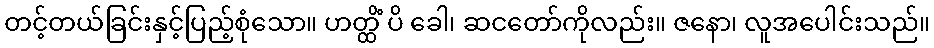
တင့်တယ်ခြင်းနှင့်ပြည့်စုံသော။ ဟတ္ထိံ ပိ ခေါ၊ ဆငတော်ကိုလည်း။ ဇနော၊ လူအပေါင်းသည်။